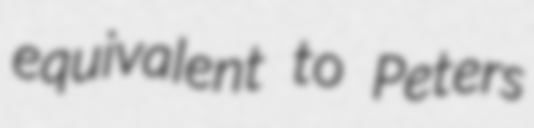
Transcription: equivalent to Peters